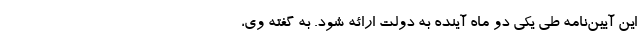
این آیین‌نامه طی یکی دو ماه آینده به دولت ارائه شود. به گفته وی،